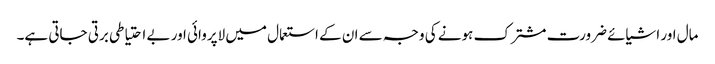
مال اور اشیائے ضرورت مشترک ہونے کی وجہ سے ان کے استعمال میں لاپروائی اور بے احتیاطی برتی جاتی ہے۔